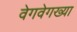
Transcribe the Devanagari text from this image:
वेगवेगख्या